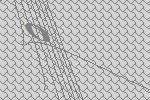
0